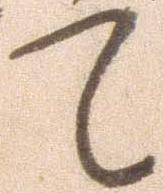
て